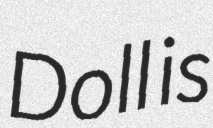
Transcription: Doll is